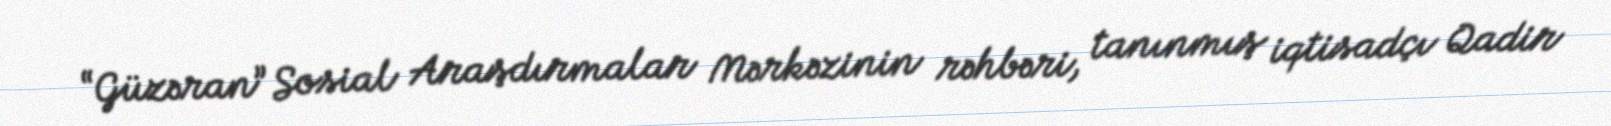
“Güzəran” Sosial Araşdırmalar Mərkəzinin rəhbəri, tanınmış iqtisadçı Qadir